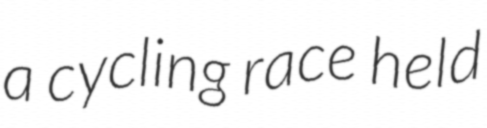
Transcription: a cycling race held